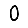
Digit: 0